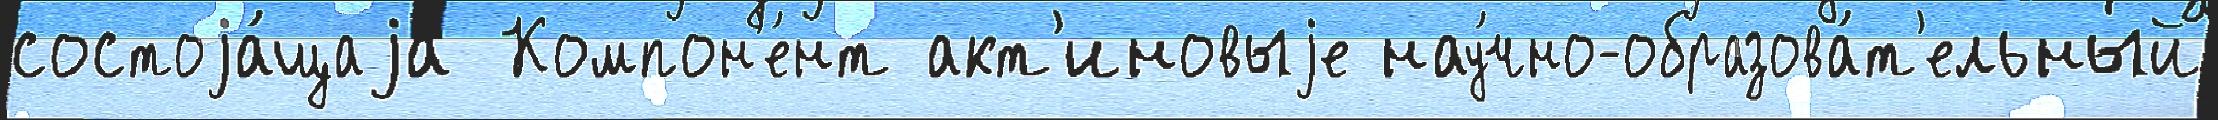
состоjа́щаjа Компон'е́нт акт'иновыjе нау́чно-образова́т'ельный